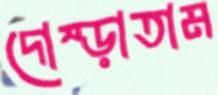
দোম্‌ড়াতাম